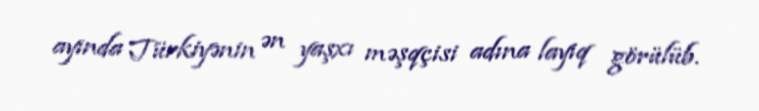
ayında Türkiyənin ən yaşxı məşqçisi adına layiq görülüb.